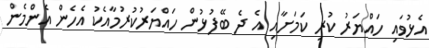
އެޅުވައި ހައްޔަރު ކުރި ކަމަށާއި އެ ދެ ބޭފުޅުން ހައްޔަރުކުރުމާއެކު އެހެން އެންމެން